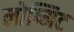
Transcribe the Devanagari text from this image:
लोष्मिट